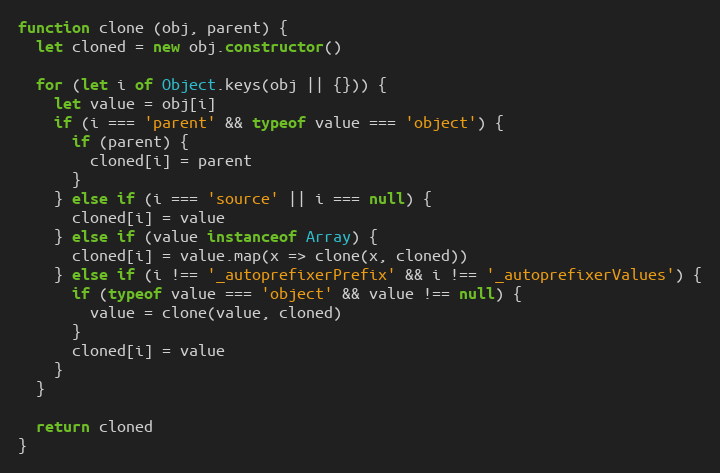
Language: JavaScript
function clone (obj, parent) {
  let cloned = new obj.constructor()

  for (let i of Object.keys(obj || {})) {
    let value = obj[i]
    if (i === 'parent' && typeof value === 'object') {
      if (parent) {
        cloned[i] = parent
      }
    } else if (i === 'source' || i === null) {
      cloned[i] = value
    } else if (value instanceof Array) {
      cloned[i] = value.map(x => clone(x, cloned))
    } else if (i !== '_autoprefixerPrefix' && i !== '_autoprefixerValues') {
      if (typeof value === 'object' && value !== null) {
        value = clone(value, cloned)
      }
      cloned[i] = value
    }
  }

  return cloned
}